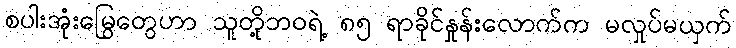
စပါးအုံးမြွေတွေဟာ သူတို့ဘဝရဲ့ ၈၅ ရာခိုင်နှုန်းလောက်က မလှုပ်မယှက်